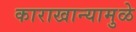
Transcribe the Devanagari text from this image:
काराखान्यामुळे